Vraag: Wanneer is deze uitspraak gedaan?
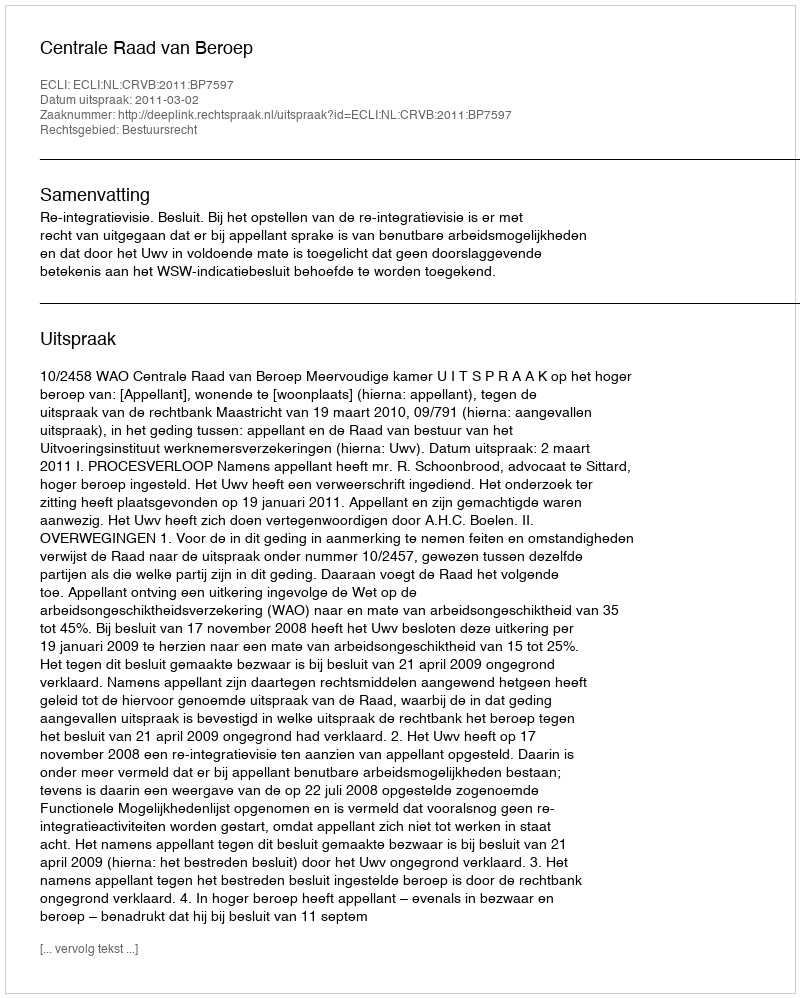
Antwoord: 2011-03-02